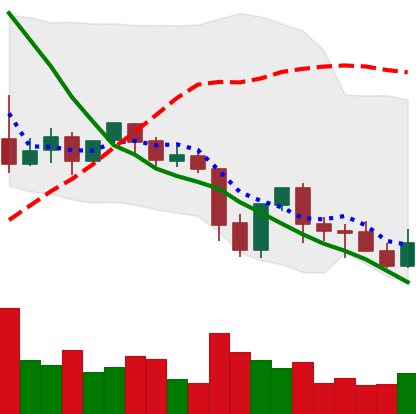
Ticker: XLM-USD
Chart end date: 2021-09-29
Forward return: 14.579%
Label: up_7plus